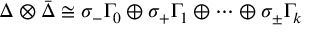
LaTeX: \Delta \otimes { \bar { \Delta } } \cong \sigma _ { - } \Gamma _ { 0 } \oplus \sigma _ { + } \Gamma _ { 1 } \oplus \dots \oplus \sigma _ { \pm } \Gamma _ { k }